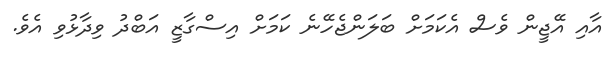
އާއި އޭޖީން ވެސް އެކަމަށް ބަލަންޖެހޭނެ ކަމަށް އިސްގާޒީ އަބްދު ވިދާޅުވި އެވެ.